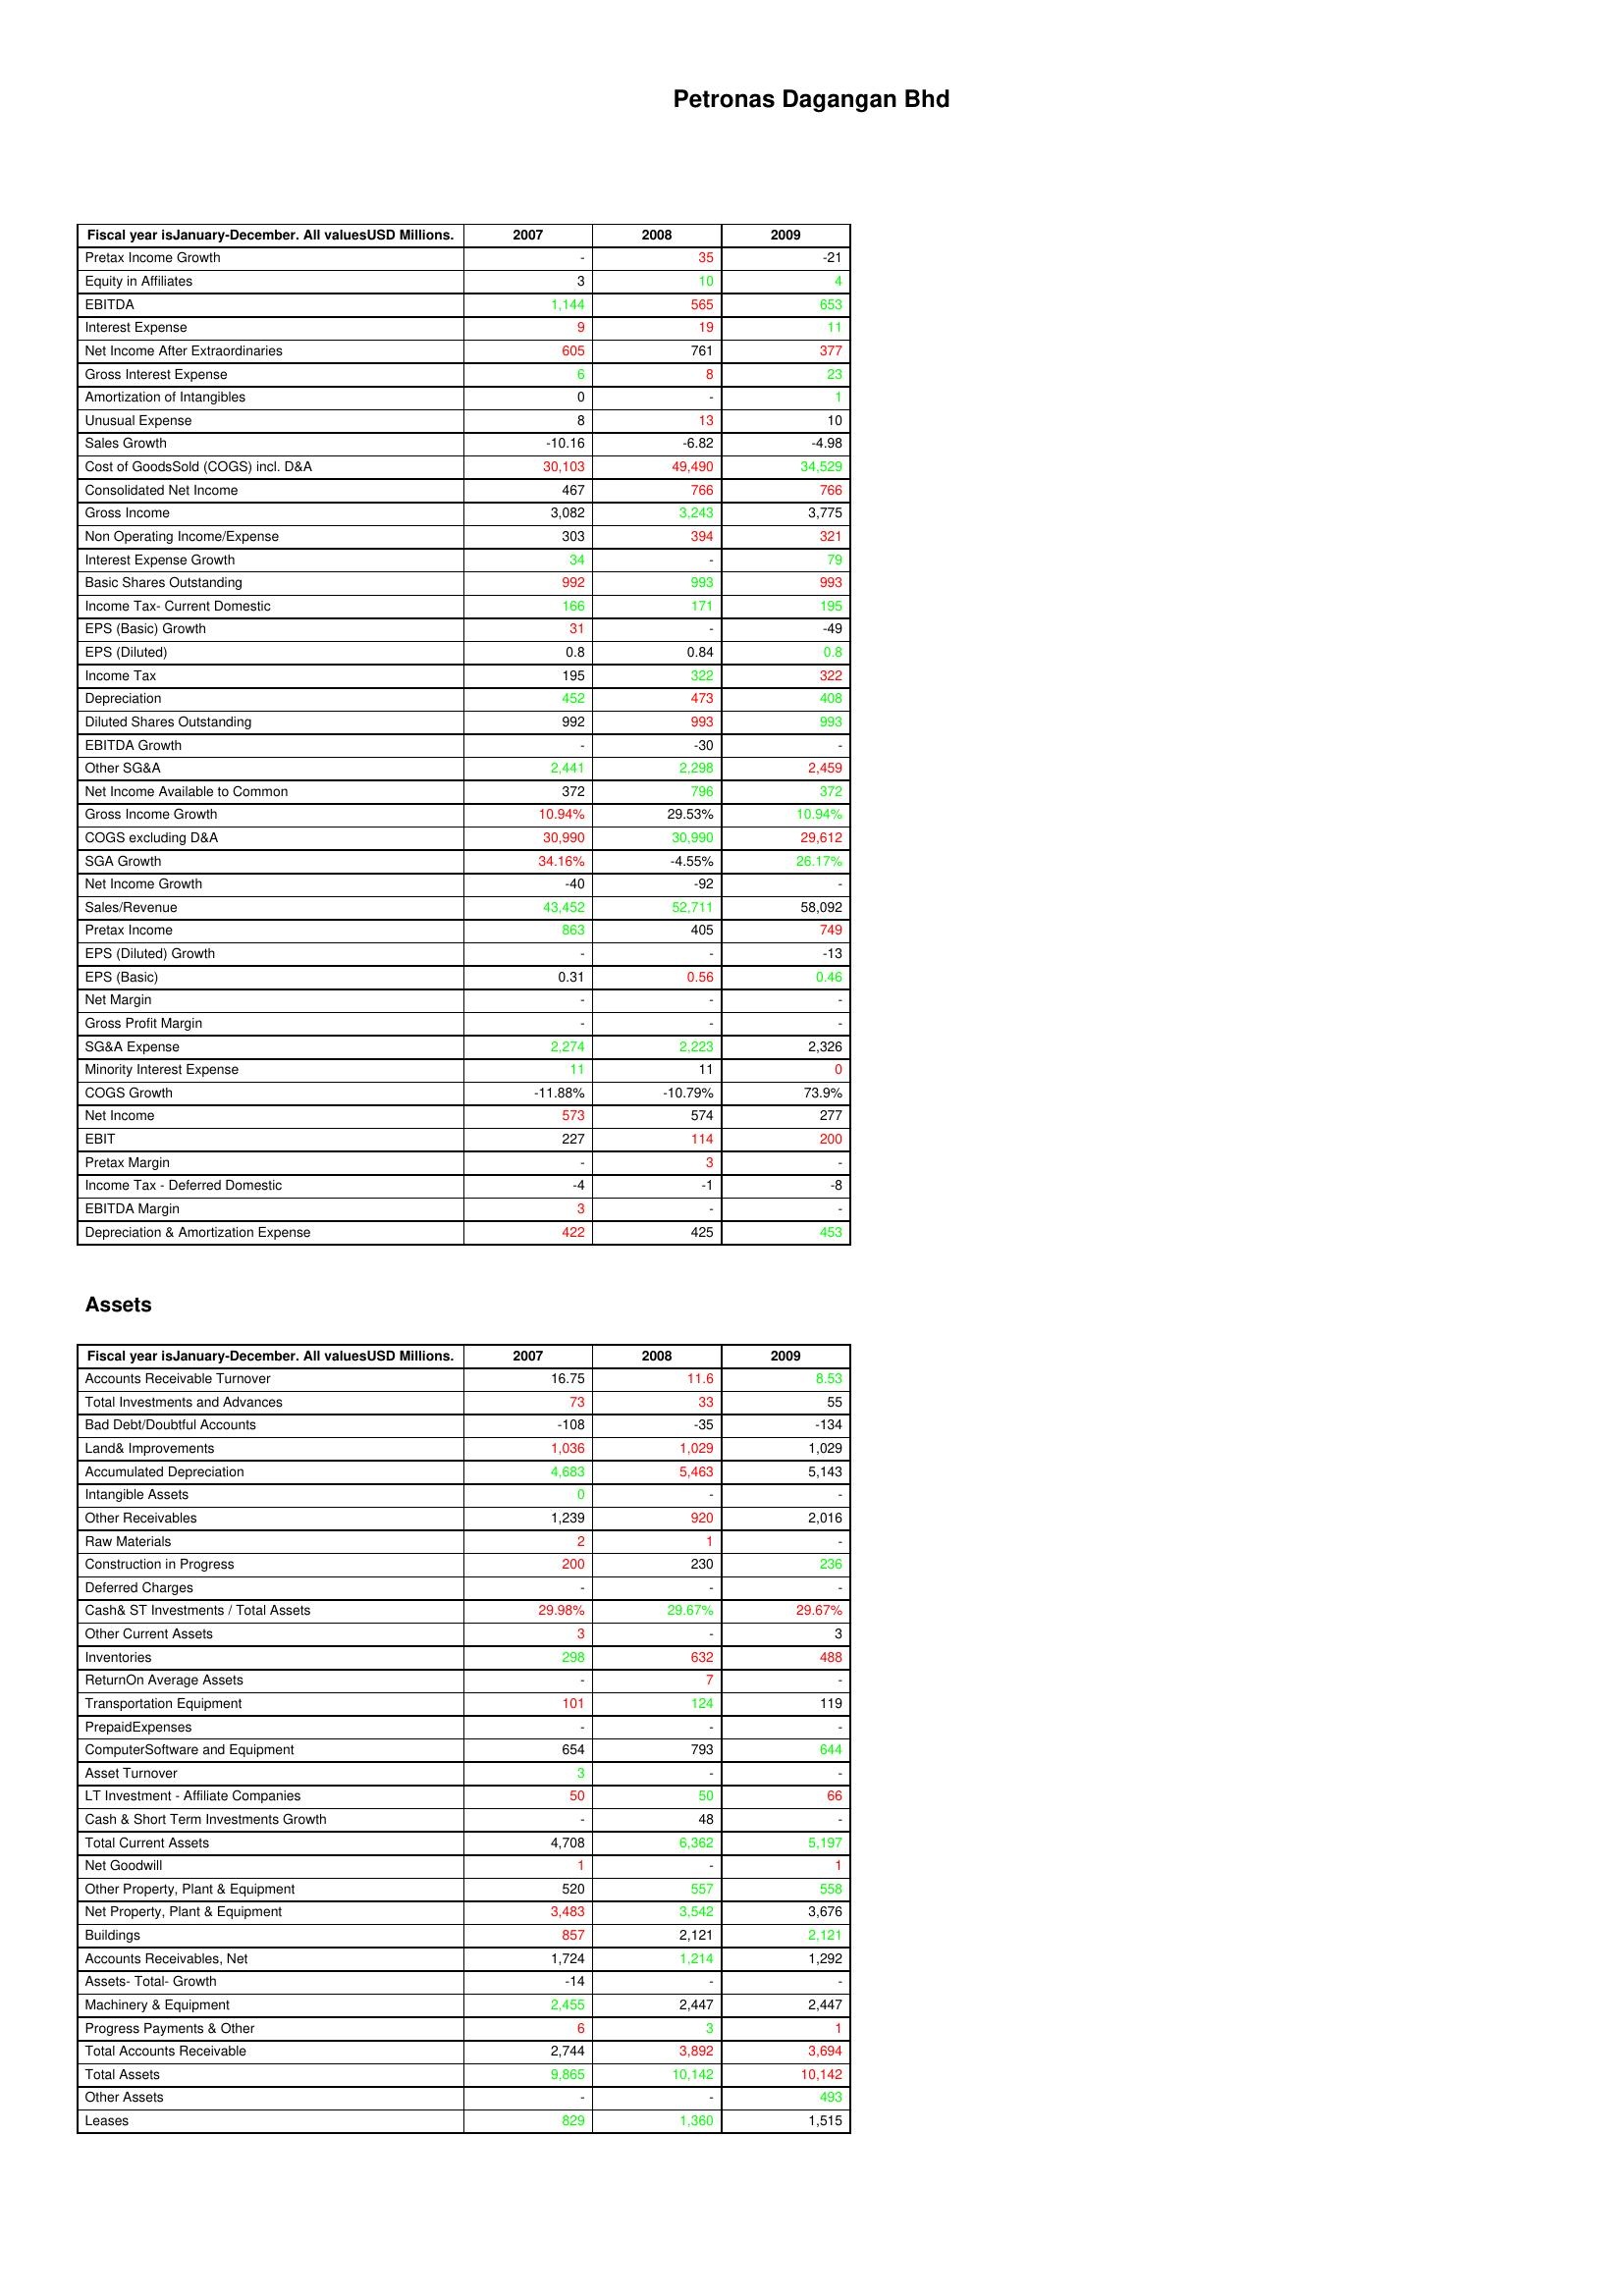
gt_parse: 2007: : Pretax Income Growth: -
Equity in Affiliates: 3
EBITDA: 1,144
Interest Expense: 9
Net Income After Extraordinaries: 605
Gross Interest Expense: 6
Amortization of Intangibles: 0
Unusual Expense: 8
Sales Growth: -10.16
Cost of GoodsSold (COGS) incl. D&A: 30,103
Consolidated Net Income: 467
Gross Income: 3,082
Non Operating Income/Expense: 303
Interest Expense Growth: 34
Basic Shares Outstanding: 992
Income Tax- Current Domestic: 166
EPS (Basic) Growth: 31
EPS (Diluted): 0.8
Income Tax: 195
Depreciation: 452
Diluted Shares Outstanding: 992
EBITDA Growth: -
Other SG&A: 2,441
Net Income Available to Common: 372
Gross Income Growth: 10.94%
COGS excluding D&A: 30,990
SGA Growth: 34.16%
Net Income Growth: -40
Sales/Revenue: 43,452
Pretax Income: 863
EPS (Diluted) Growth: -
EPS (Basic): 0.31
Net Margin: -
Gross Profit Margin: -
SG&A Expense: 2,274
Minority Interest Expense: 11
COGS Growth: -11.88%
Net Income: 573
EBIT: 227
Pretax Margin: -
Income Tax - Deferred Domestic: -4
EBITDA Margin: 3
Depreciation & Amortization Expense: 422
Assets: Accounts Receivable Turnover: 16.75
Total Investments and Advances: 73
Bad Debt/Doubtful Accounts: -108
Land& Improvements: 1,036
Accumulated Depreciation: 4,683
Intangible Assets: 0
Other Receivables: 1,239
Raw Materials: 2
Construction in Progress: 200
Deferred Charges: -
Cash& ST Investments / Total Assets: 29.98%
Other Current Assets: 3
Inventories: 298
ReturnOn Average Assets: -
Transportation Equipment: 101
PrepaidExpenses: -
ComputerSoftware and Equipment: 654
Asset Turnover: 3
LT Investment - Affiliate Companies: 50
Cash & Short Term Investments Growth: -
Total Current Assets: 4,708
Net Goodwill: 1
Other Property, Plant & Equipment: 520
Net Property, Plant & Equipment: 3,483
Buildings: 857
Accounts Receivables, Net: 1,724
Assets- Total- Growth: -14
Machinery & Equipment: 2,455
Progress Payments & Other: 6
Total Accounts Receivable: 2,744
Total Assets: 9,865
Other Assets: -
Leases: 829
2008: : Pretax Income Growth: 35
Equity in Affiliates: 10
EBITDA: 565
Interest Expense: 19
Net Income After Extraordinaries: 761
Gross Interest Expense: 8
Amortization of Intangibles: -
Unusual Expense: 13
Sales Growth: -6.82
Cost of GoodsSold (COGS) incl. D&A: 49,490
Consolidated Net Income: 766
Gross Income: 3,243
Non Operating Income/Expense: 394
Interest Expense Growth: -
Basic Shares Outstanding: 993
Income Tax- Current Domestic: 171
EPS (Basic) Growth: -
EPS (Diluted): 0.84
Income Tax: 322
Depreciation: 473
Diluted Shares Outstanding: 993
EBITDA Growth: -30
Other SG&A: 2,298
Net Income Available to Common: 796
Gross Income Growth: 29.53%
COGS excluding D&A: 30,990
SGA Growth: -4.55%
Net Income Growth: -92
Sales/Revenue: 52,711
Pretax Income: 405
EPS (Diluted) Growth: -
EPS (Basic): 0.56
Net Margin: -
Gross Profit Margin: -
SG&A Expense: 2,223
Minority Interest Expense: 11
COGS Growth: -10.79%
Net Income: 574
EBIT: 114
Pretax Margin: 3
Income Tax - Deferred Domestic: -1
EBITDA Margin: -
Depreciation & Amortization Expense: 425
Assets: Accounts Receivable Turnover: 11.6
Total Investments and Advances: 33
Bad Debt/Doubtful Accounts: -35
Land& Improvements: 1,029
Accumulated Depreciation: 5,463
Intangible Assets: -
Other Receivables: 920
Raw Materials: 1
Construction in Progress: 230
Deferred Charges: -
Cash& ST Investments / Total Assets: 29.67%
Other Current Assets: -
Inventories: 632
ReturnOn Average Assets: 7
Transportation Equipment: 124
PrepaidExpenses: -
ComputerSoftware and Equipment: 793
Asset Turnover: -
LT Investment - Affiliate Companies: 50
Cash & Short Term Investments Growth: 48
Total Current Assets: 6,362
Net Goodwill: -
Other Property, Plant & Equipment: 557
Net Property, Plant & Equipment: 3,542
Buildings: 2,121
Accounts Receivables, Net: 1,214
Assets- Total- Growth: -
Machinery & Equipment: 2,447
Progress Payments & Other: 3
Total Accounts Receivable: 3,892
Total Assets: 10,142
Other Assets: -
Leases: 1,360
2009: : Pretax Income Growth: -21
Equity in Affiliates: 4
EBITDA: 653
Interest Expense: 11
Net Income After Extraordinaries: 377
Gross Interest Expense: 23
Amortization of Intangibles: 1
Unusual Expense: 10
Sales Growth: -4.98
Cost of GoodsSold (COGS) incl. D&A: 34,529
Consolidated Net Income: 766
Gross Income: 3,775
Non Operating Income/Expense: 321
Interest Expense Growth: 79
Basic Shares Outstanding: 993
Income Tax- Current Domestic: 195
EPS (Basic) Growth: -49
EPS (Diluted): 0.8
Income Tax: 322
Depreciation: 408
Diluted Shares Outstanding: 993
EBITDA Growth: -
Other SG&A: 2,459
Net Income Available to Common: 372
Gross Income Growth: 10.94%
COGS excluding D&A: 29,612
SGA Growth: 26.17%
Net Income Growth: -
Sales/Revenue: 58,092
Pretax Income: 749
EPS (Diluted) Growth: -13
EPS (Basic): 0.46
Net Margin: -
Gross Profit Margin: -
SG&A Expense: 2,326
Minority Interest Expense: 0
COGS Growth: 73.9%
Net Income: 277
EBIT: 200
Pretax Margin: -
Income Tax - Deferred Domestic: -8
EBITDA Margin: -
Depreciation & Amortization Expense: 453
Assets: Accounts Receivable Turnover: 8.53
Total Investments and Advances: 55
Bad Debt/Doubtful Accounts: -134
Land& Improvements: 1,029
Accumulated Depreciation: 5,143
Intangible Assets: -
Other Receivables: 2,016
Raw Materials: -
Construction in Progress: 236
Deferred Charges: -
Cash& ST Investments / Total Assets: 29.67%
Other Current Assets: 3
Inventories: 488
ReturnOn Average Assets: -
Transportation Equipment: 119
PrepaidExpenses: -
ComputerSoftware and Equipment: 644
Asset Turnover: -
LT Investment - Affiliate Companies: 66
Cash & Short Term Investments Growth: -
Total Current Assets: 5,197
Net Goodwill: 1
Other Property, Plant & Equipment: 558
Net Property, Plant & Equipment: 3,676
Buildings: 2,121
Accounts Receivables, Net: 1,292
Assets- Total- Growth: -
Machinery & Equipment: 2,447
Progress Payments & Other: 1
Total Accounts Receivable: 3,694
Total Assets: 10,142
Other Assets: 493
Leases: 1,515